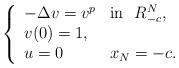
LaTeX: \begin{align*}\left\{\begin{array}{ll}-\Delta v=v^p & \mbox{in}\ \ R^N_{-c},\\v(0)=1,\\u=0 & x_N=-c.\end{array}\right.\end{align*}